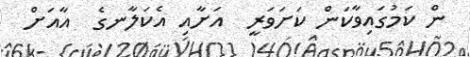
ން ކަމުގައިވާކަން ކަށަވަރީ  އަށާއި އެކަލާނގެ  އާއަށް